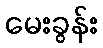
မေးခွန်း